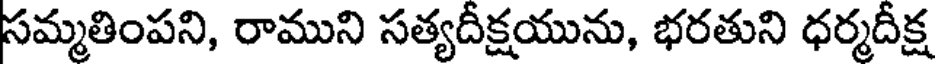
సమ్మతింపని, రాముని సత్యదీక్షయును, భరతుని ధర్మదీక్ష